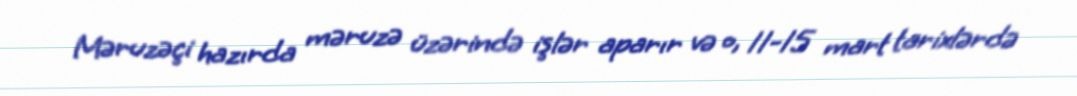
Məruzəçi hazırda məruzə üzərində işlər aparır və o, 11-15 mart tarixlərdə